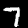
Digit: 7